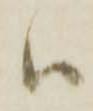
ハ